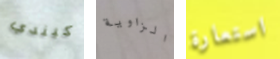
كيندي الزاوية استعارة